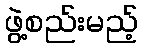
ဖွဲ့စည်းမည့်